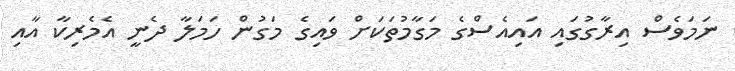
ނަމަވެސް އިރާގުގައި އައިއެސްގެ މަގާމުތަކަށް ވައިގެ މަގުން ހަމަލާ ދެނީ އެމެރިކާ އާއި